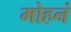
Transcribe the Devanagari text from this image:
मोहनं